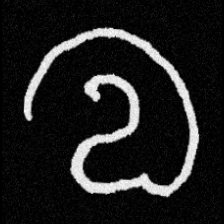
Pyu character \u2014 Myanmar letter: လ (romanized: la)